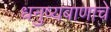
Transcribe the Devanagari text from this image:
धनुष्यबाणाचे